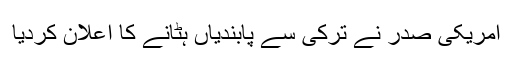
امریکی صدر نے ترکی سے پابندیاں ہٹانے کا اعلان کردیا